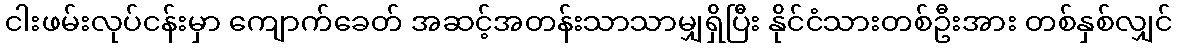
ငါးဖမ်းလုပ်ငန်းမှာ ကျောက်ခေတ် အဆင့်အတန်းသာသာမျှရှိပြီး နိုင်ငံသားတစ်ဦးအား တစ်နှစ်လျှင်